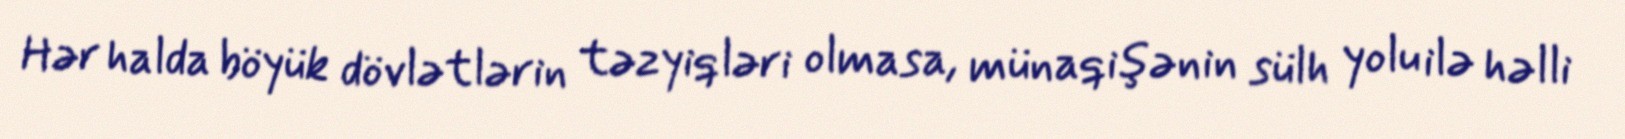
Hər halda böyük dövlətlərin təzyiqləri olmasa, münaqişənin sülh yolu ilə həlli